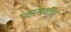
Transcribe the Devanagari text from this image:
जामबाग